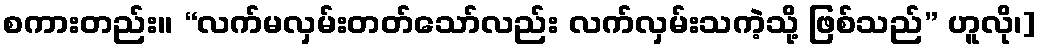
စကားတည်း။ “လက်မလှမ်းတတ်သော်လည်း လက်လှမ်းသကဲ့သို့ ဖြစ်သည်” ဟူလို၊]